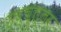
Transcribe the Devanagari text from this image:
उच्च्त्तर